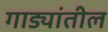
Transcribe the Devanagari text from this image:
गाड्यांतील